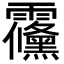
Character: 䨹